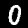
Label: 0